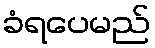
ခံရပေမည်